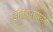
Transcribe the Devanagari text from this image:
इतिहासोपयोगी